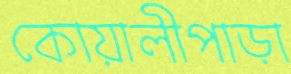
কোয়ালীপাড়া